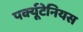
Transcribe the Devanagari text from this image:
पर्क्यूटेनियस